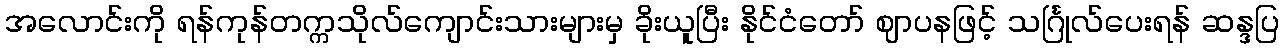
အလောင်းကို ရန်ကုန်တက္ကသိုလ်ကျောင်းသားများမှ ခိုးယူပြီး နိုင်ငံတော် ဈာပနဖြင့် သင်္ဂြုလ်ပေးရန် ဆန္ဒပြ